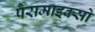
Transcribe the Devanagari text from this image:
पैरामाइक्सो